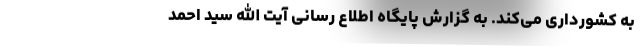
به کشورداری می‌کند. به گزارش پایگاه اطلاع رسانی آیت الله سید احمد